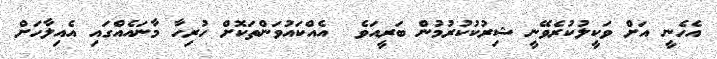
އެހެނީ އަށް ވަކީލުކުރެވޭނީ ޝިރުކުކުރުމުން ބަރީއަވެ  އެއްކައުވަންތަކޮށް ހުރިހާ މާނައެއްގައި އެއިލާހަށް